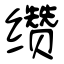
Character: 缵